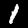
Label: 1